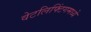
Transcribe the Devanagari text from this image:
वेटलिफ्टिंगमध्ये